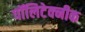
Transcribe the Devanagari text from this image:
पॉलिटेक्‍नीक